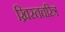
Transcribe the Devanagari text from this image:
ख्रिस्तचरित्र